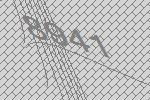
8941